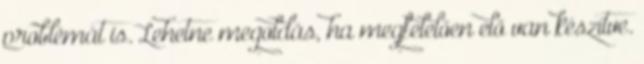
problémát is. Lehetne megoldás, ha megfelelően elő van készítve.